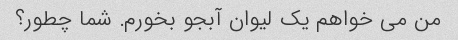
من می خواهم یک لیوان آبجو بخورم. شما چطور؟